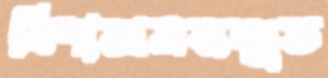
বিশ্বমানসম্মত